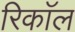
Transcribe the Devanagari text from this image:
रिकाॅल